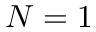
N = 1